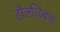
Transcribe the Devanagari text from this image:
हौलत्ज्ब्रिंक